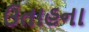
ઉતાહના